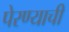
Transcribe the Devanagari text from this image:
पेरण्याची